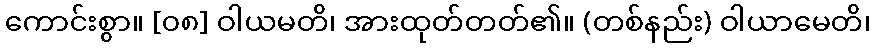
ကောင်းစွာ။ [၀၈] ဝါယမတိ၊ အားထုတ်တတ်၏။ (တစ်နည်း) ဝါယာမေတိ၊